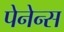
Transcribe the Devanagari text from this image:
पेनेन्स